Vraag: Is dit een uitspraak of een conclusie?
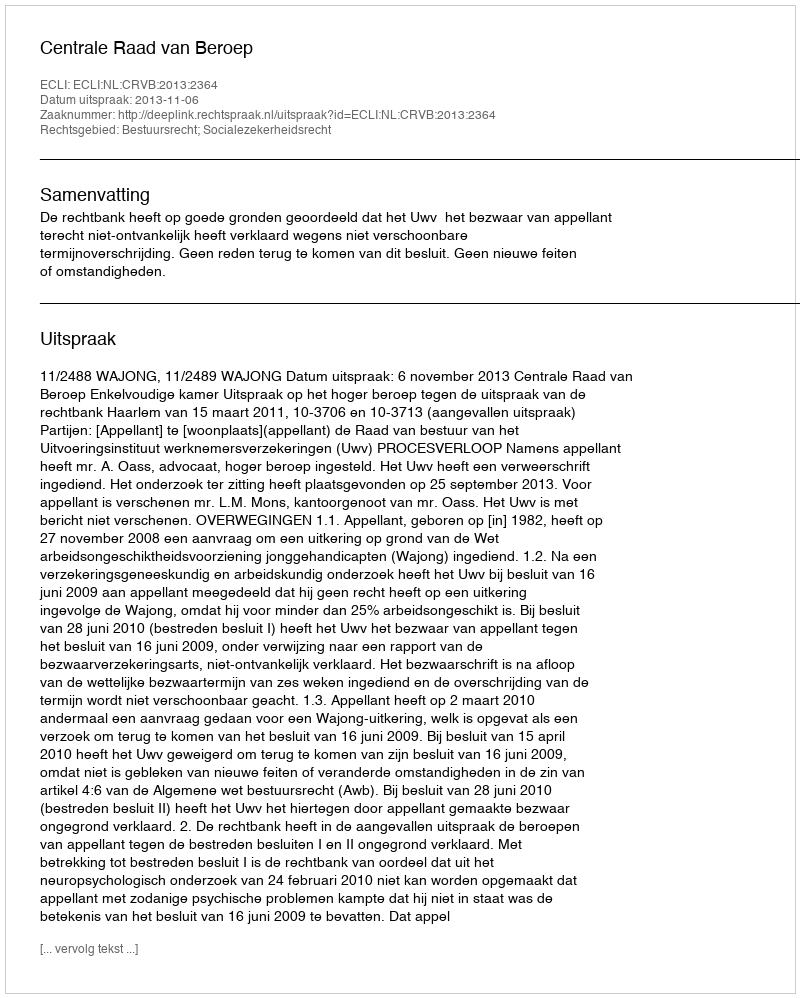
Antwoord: Uitspraak